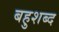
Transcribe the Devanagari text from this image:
बहुशब्द